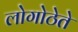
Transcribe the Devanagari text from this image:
लोगोठेते